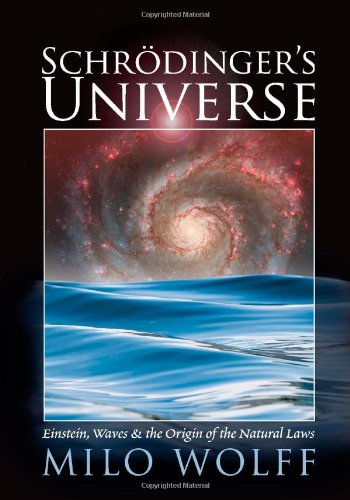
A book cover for Schroedinger's Universe and the Origin of the Natural Laws; Milo Wolff; Law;